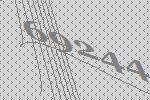
69244